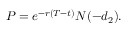
P = e ^ { - r ( T - t ) } N ( - d _ { 2 } ) .